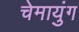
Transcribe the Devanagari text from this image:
चेमायुंग